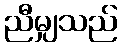
ညီမျှသည်